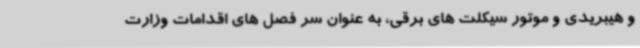
و هیبریدی و موتور سیکلت های برقی، به عنوان سر فصل های اقدامات وزارت